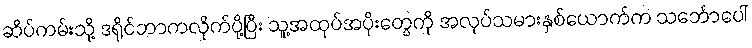
ဆိပ်ကမ်းသို့ ဒရိုင်ဘာကလိုက်ပို့ပြီး သူ့အထုပ်အပိုးတွေကို အလုပ်သမားနှစ်ယောက်က သင်္ဘောပေါ်